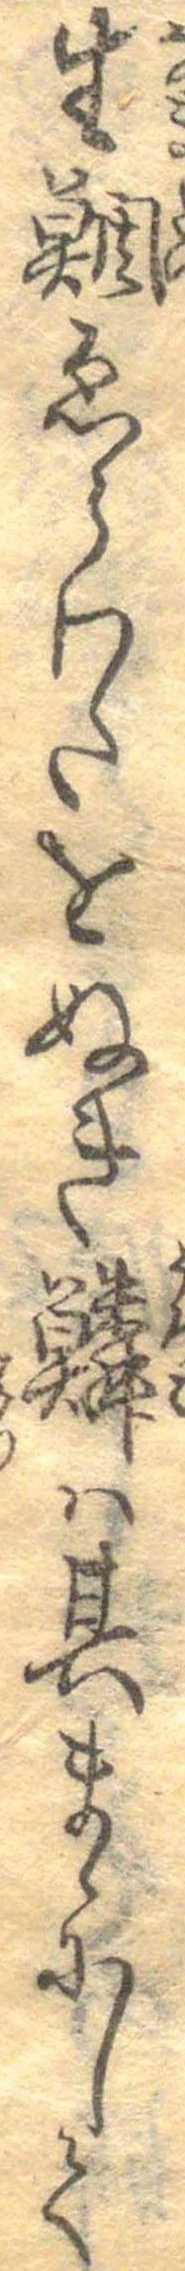
生鯛ゑらわたをぬき鱗は其まゝにして